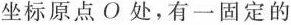
坐标原点O处，有一固定的